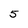
Character: 5